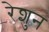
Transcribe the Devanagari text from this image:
रेशुन